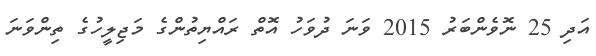
އަދި 25 ނޮވެންބަރު 2015 ވަނަ ދުވަހު އޮތް ރައްޔިތުންގެ މަޖިލީހުގެ ތިންވަނަ